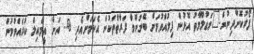
ފޯރުކޮށްދިނުން.	މަޢުލޫމާތު އޮޅުން ފިލުއްވުމަށް ބޭނުންވާ ފަރާތްތަކުން އެކަމަށްއެދި @.. އަށް އީމެއިލް ކުރެއްވުމުން